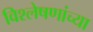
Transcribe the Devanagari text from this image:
विश्लेषणांच्या